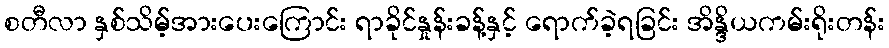
စတီလာ နှစ်သိမ့်အားပေးကြောင်း ရာခိုင်နှုန်းခန့်နှင့် ရောက်ခဲ့ရခြင်း အိန္ဒိယကမ်းရိုးတန်း